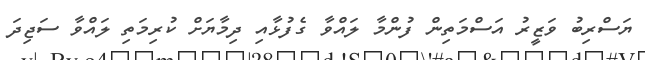
ޔަސްރިބު ވަޒީރު އަސްމަތިން ފުންމާ ލައްވާ ގެފުޅާއި ދިމާޔަށް ކުރިމަތި ލައްވާ ސަޖިދަ